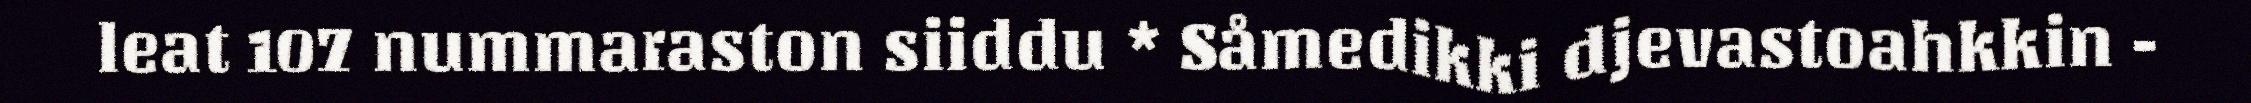
leat 107 nummaraston siiddu * Såmedikki djevastoahkkin -